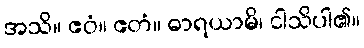
အသိ။ ဧဝံ။ ဧတံ။ ဓာရယာမိ၊ ငါသိပါ၏။